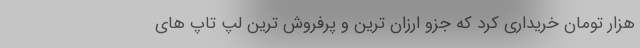
هزار تومان خریداری کرد که جزو ارزان ترین و پرفروش ترین لپ تاپ های